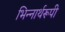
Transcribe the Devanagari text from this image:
भिन्‍नार्थरूपी